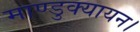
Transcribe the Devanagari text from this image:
माण्डुक्यायन।